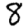
Digit: 8